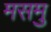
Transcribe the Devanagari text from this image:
मसमु